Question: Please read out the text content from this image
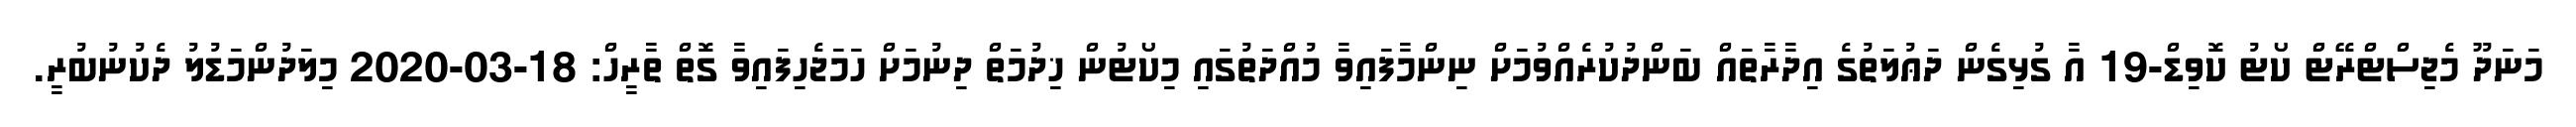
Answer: މަނަދޫ މެޖިސްޓްރޭޓް ކޯޓު ކޮވިޑް-19 އާ ގުޅިގެން ދަޢުލަތުގެ އިދާރާތައް ބަންދުކުރެއްވުމަށް ނިންމާފައިވާ މުއްދަތުގައި މިކޯޓުން ޚިދުމަތް ދިނުމަށް ހަމަޖެހިފައިވާ ގޮތް ތާރީހް: 18-03-2020 މިލަދުންމަޑުލު ދެކުނުބުރީ.